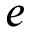
e